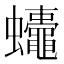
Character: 𮕚